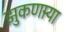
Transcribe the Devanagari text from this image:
झुकणार्‍या